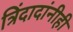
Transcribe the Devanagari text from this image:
त्रिंदादांनीही